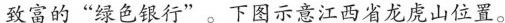
致富的”绿色银行”。下图示意江西省龙虎山位置。